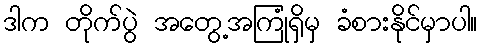
ဒါက တိုက်ပွဲ အတွေ့အကြုံရှိမှ ခံစားနိုင်မှာပါ။